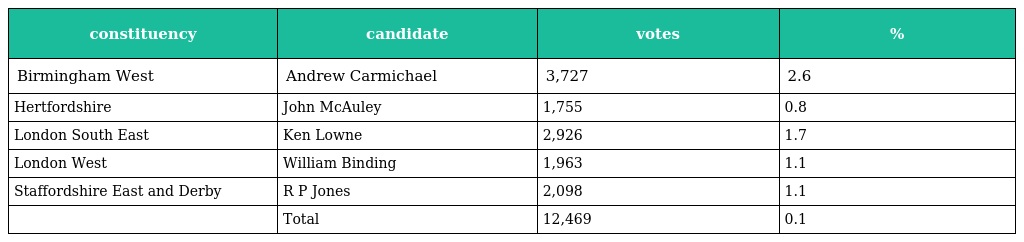
| constituency | candidate | votes | % |
 | --- | --- | --- | --- |
 | Birmingham West | Andrew Carmichael | 3,727 | 2.6 |
 | Hertfordshire | John McAuley | 1,755 | 0.8 |
 | London South East | Ken Lowne | 2,926 | 1.7 |
 | London West | William Binding | 1,963 | 1.1 |
 | Staffordshire East and Derby | R P Jones | 2,098 | 1.1 |
 |  | Total | 12,469 | 0.1 |